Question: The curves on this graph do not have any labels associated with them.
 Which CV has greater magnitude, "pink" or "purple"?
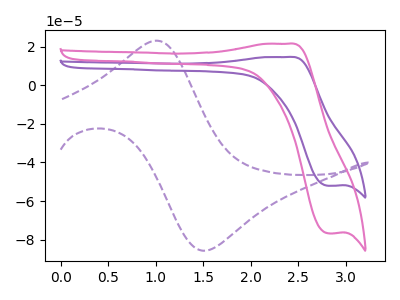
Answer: <think>The purple dashed curve "purple dashed" has an anodic peak at (1.00V, 23.05uA) and a cathodic peak at (1.55V, -85.70uA). The purple curve "purple" has an anodic peak at (2.40V, 14.55uA) and a cathodic peak at (2.80V, -52.10uA). The pink curve "pink" has an anodic peak at (2.40V, 21.45uA) and a cathodic peak at (2.80V, -76.75uA).
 All the peaks in "pink" have a peak in "purple" at the same potential. Every peak in "pink" is higher than every peak in "purple".</think>
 <answer>"pink" has more signal than "purple".</answer>
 <eval>more_signal</eval>